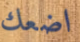
اضعك